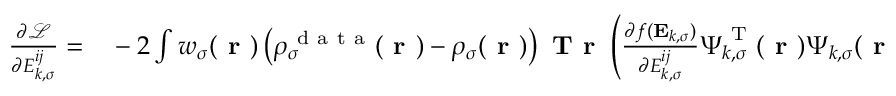
\begin{array} { r l } { \frac { \partial \mathcal { L } } { \partial { E } _ { k , \sigma } ^ { i j } } = } & { { } - 2 \int w _ { \sigma } ( \boldsymbol { \textbf { r } } ) \left( \rho _ { \sigma } ^ { \mathrm { ~ d ~ a ~ t ~ a ~ } } ( \boldsymbol { \textbf { r } } ) - \rho _ { \sigma } ( \boldsymbol { \textbf { r } } ) \right) \textbf { T r } \left( \frac { \partial f ( \mathbf { E } _ { k , \sigma } ) } { \partial { E } _ { k , \sigma } ^ { i j } } \boldsymbol { \Psi } _ { k , \sigma } ^ { \mathrm { ~ T ~ } } ( \boldsymbol { \textbf { r } } ) \boldsymbol { \Psi } _ { k , \sigma } ( \boldsymbol { \textbf { r } } ) \right) \, d \boldsymbol { \textbf { r } } } \end{array}